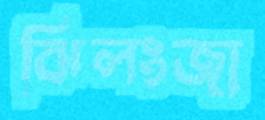
ঝিলংজা